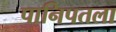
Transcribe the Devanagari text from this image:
पानिपतला